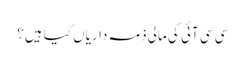
سی سی آئی کی مالی ذمہ داریاں کیا ہیں؟